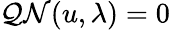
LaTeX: \mathcal{Q}\mathcal{{N}}(u,\lambda)=0